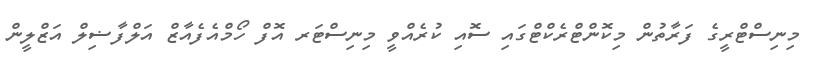
މިނިސްޓްރީގެ ފަރާތުން މިކޮންޓްރެކްޓްގައި ސޮއި ކުރެއްވީ މިނިސްޓަރ އޮފް ހޯމްއެފެއާޒް އަލްފާޟިލް އަޒްލީން